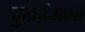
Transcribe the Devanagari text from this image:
पुचाईअप्पा